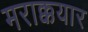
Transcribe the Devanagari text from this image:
मराक्कयार